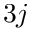
3 j